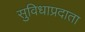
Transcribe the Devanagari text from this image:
सुविधाप्रदाता